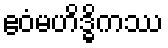
ဧဝံမဟိဒ္ဓိကဿ